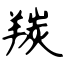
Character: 羰